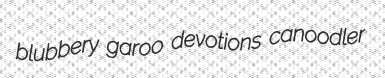
blubbery garoo devotions canoodler